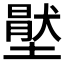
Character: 𡑅